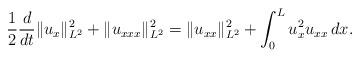
LaTeX: \begin{align*} \frac{1}{2}\frac{d}{dt}\|u_x\|_{L^2}^2 + \|u_{xxx}\|_{L^2}^2 = \|u_{xx}\|_{L^2}^2 + \int_0^L u_x^2u_{xx}\,dx. \end{align*}